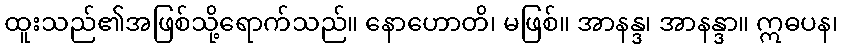
ထူးသည်၏အဖြစ်သို့ရောက်သည်။ နောဟောတိ၊ မဖြစ်။ အာနန္ဒ၊ အာနန္ဒာ။ ဣဓပန၊